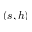
( s , h )